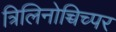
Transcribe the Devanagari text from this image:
त्रिलिनोच्चिच्पर